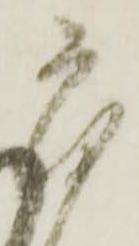
首